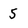
Character: 5